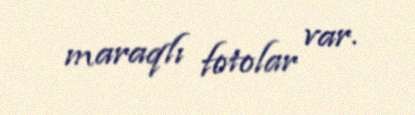
maraqlı fotolar var.